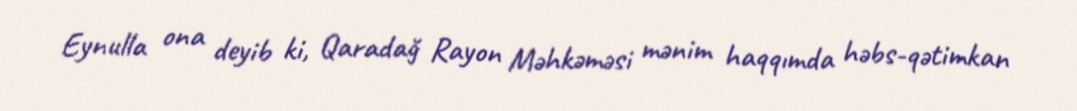
Eynulla ona deyib ki, Qaradağ Rayon Məhkəməsi mənim haqqımda həbs-qətimkan